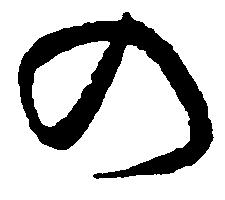
の